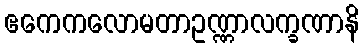
ဧကေကလောမတာဥဏ္ဏာလက္ခဏာနိ